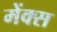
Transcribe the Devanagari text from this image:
मेंक्स